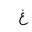
Letter: _gayn